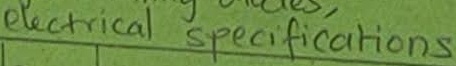
Text: electrical specifications